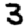
Digit: 3